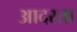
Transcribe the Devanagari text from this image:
आदरता